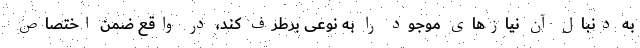
به دنبال آن نیازهای موجود را به نوعی برطرف کند، در واقع ضمن اختصاص